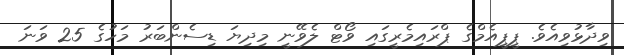
ވިދާޅުވިއެވެ. ޕީޕީއެމްގެ ޕްރައިމެރީގައި ވޯޓް ލެވޭނީ މިދިޔަ ޑިސެންބަރު މަހުގެ 25 ވަަނަ